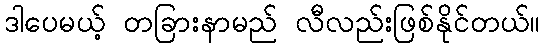
ဒါပေမယ့် တခြားနာမည် လီလည်းဖြစ်နိုင်တယ်။